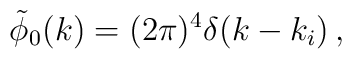
\tilde{\phi}_0 (k) = (2 \pi )^4 \delta(k - k_i ) \, ,